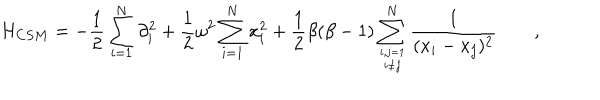
H _ { C S M } = - \frac { 1 } { 2 } \sum _ { i = 1 } ^ { N } \partial _ { i } ^ { 2 } + \frac { 1 } { 2 } \omega ^ { 2 } \sum _ { i = 1 } ^ { N } x _ { i } ^ { 2 } + \frac { 1 } { 2 } \beta ( \beta - 1 ) \sum _ { { i , j = 1 } \atop { i \ne j } } ^ { N } \frac { 1 } { ( x _ { i } - x _ { j } ) ^ { 2 } } \qquad ,